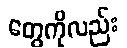
တွေကိုလည်း